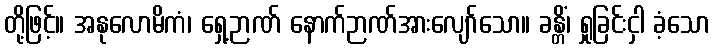
တို့ဖြင့်။ အနုလောမိကံ၊ ရှေ့ဉာဏ် နောက်ဉာဏ်အားလျော်သော။ ခန္တိံ၊ ရှုခြင်းငှါ ခံ့သော